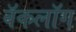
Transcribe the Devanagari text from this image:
बॅकलॉग